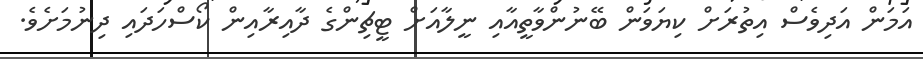
އަމަން އަދިވެސް އިތުރަށް ކިޔަވަން ބޭނުންވާތީއާއި ނީލާއަށް ޓީޗިންގެ ދާއިރާއިން ކޯސްހަދައި ދިނުމަށެވެ.